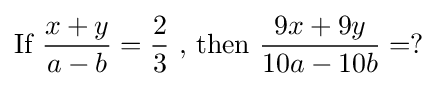
{\mbox{If }}{\frac {x+y}{a-b}}={\frac {2}{3}}{\mbox{ , then }}{\frac {9x+9y}{10a-10b}}=?